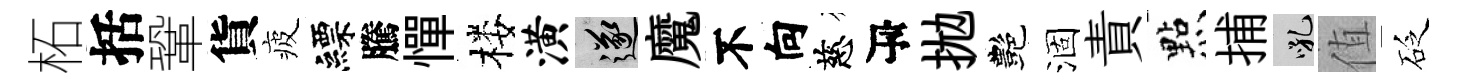
柘括鞏貨疲縹騰憚楼潢遂魔不向慈瓴拋艷涸責㸃捕吼值砭